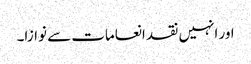
اور انہیں نقد انعامات سے نوازا۔